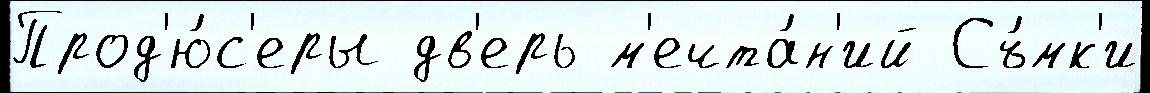
Прод'ю́с'еры дв'ерь м'ечта́н'ий Съ́мк'и